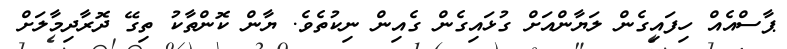
ޕާސްއެއް ހިފައިގެން ލަޔާންއަށް ގުޅައިގެން ގެއިން ނިކުތެވެ. ޔާން ކޮންތާކު ތިގޭ ދޮރާދިމާލަށް